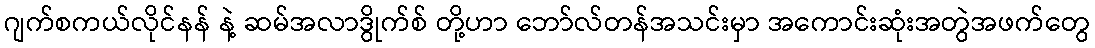
ဂျက်စကယ်လိုင်နန် နဲ့ ဆမ်အလာဒွိုက်စ် တို့ဟာ ဘော်လ်တန်အသင်းမှာ အကောင်းဆုံးအတွဲအဖက်တွေ